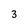
Character: 3